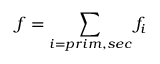
f = \sum _ { i = p r i m , s e c } f _ { i }